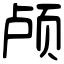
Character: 颅